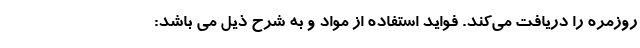
روزمره را دریافت می‌کند. فواید استفاده از مواد و به شرح ذیل می باشد: